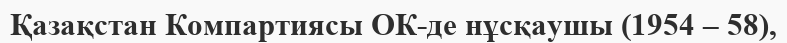
Қазақстан Компартиясы ОК-де нұсқаушы (1954 – 58),